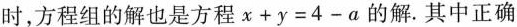
时，方程组的解也是方程$$x + y = 4 - a$$的解。其中正确